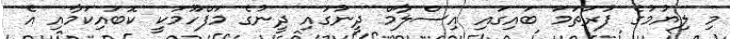
މި ލިޔުމުގެ ފުރަތަމަ ބައިގައި އިސްލާމް ދީނުގައި ދީނުގެ މަފްހޫމަކީ ކޮބައިކަމާއި އެ